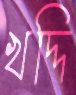
খদ্দি